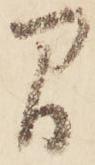
間